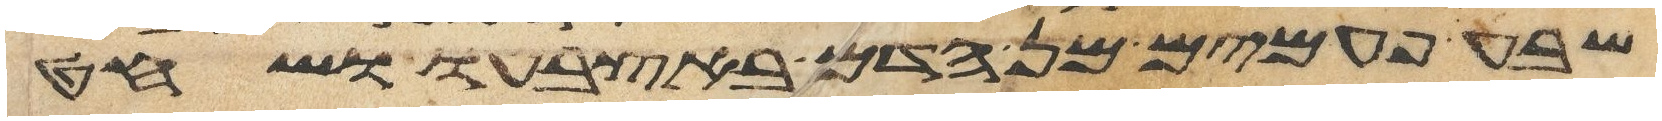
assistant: שבע פעמים מן הדם באצבעו ושחט